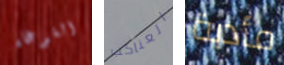
الغوغاء العناكب مأدبة